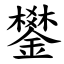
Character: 鐢